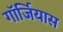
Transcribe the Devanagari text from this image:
गॉर्जियास